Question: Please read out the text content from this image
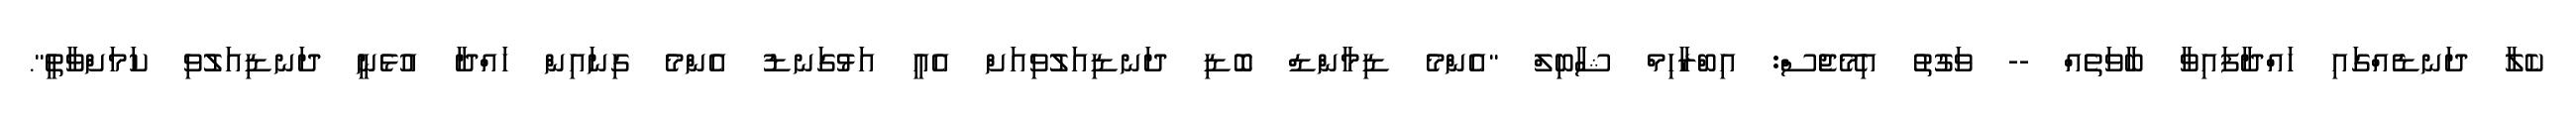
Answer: ކެލާ ދަނޑެއްގައި ހައްދާފައިވާ ބާވަތެއް -- ވަގުތު އިމޭޖެސް: އިބްރާހިމް ޝާބިލް "އެންމެ ޑިމާންޑް ބޮޑި ދަނޑިއަލުވިއަށް އެއީ އަޅުގަނޑު އެންމެ ގިނައިން ހައްދާ އުޅެނީ ދަނޑިއަލުވި ކަމަށްވާތީ".